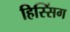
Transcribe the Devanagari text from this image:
हिस्सिंग